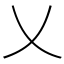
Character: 乂